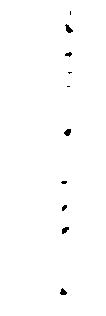
し